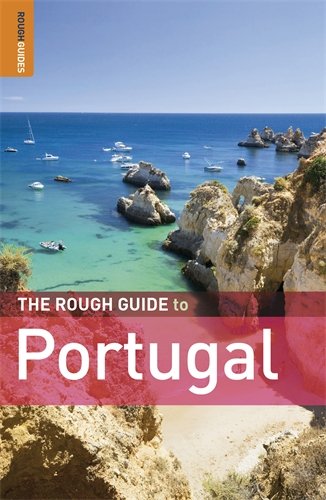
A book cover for The Rough Guide to Portugal; John Fisher; Travel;